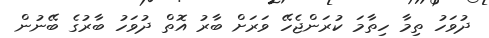
ދުވަހު ތިމާ ހިތާމަ ކުރަންޖެހޭ ވަރަށް ބާރު އޮތް ދުވަހު ބާރުގެ ބޭނުން